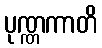
ပုဏ္ဏကာတိ